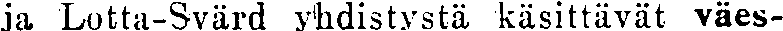
ja Lotta-Svärd yhdistystä käsittävät väes-